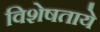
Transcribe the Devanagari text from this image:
विशेषताये